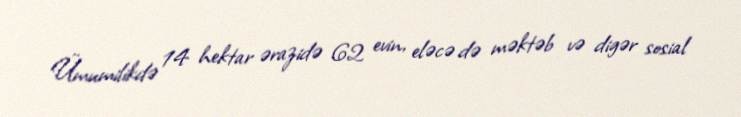
Ümumilikdə 14 hektar ərazidə 62 evin, eləcə də məktəb və digər sosial